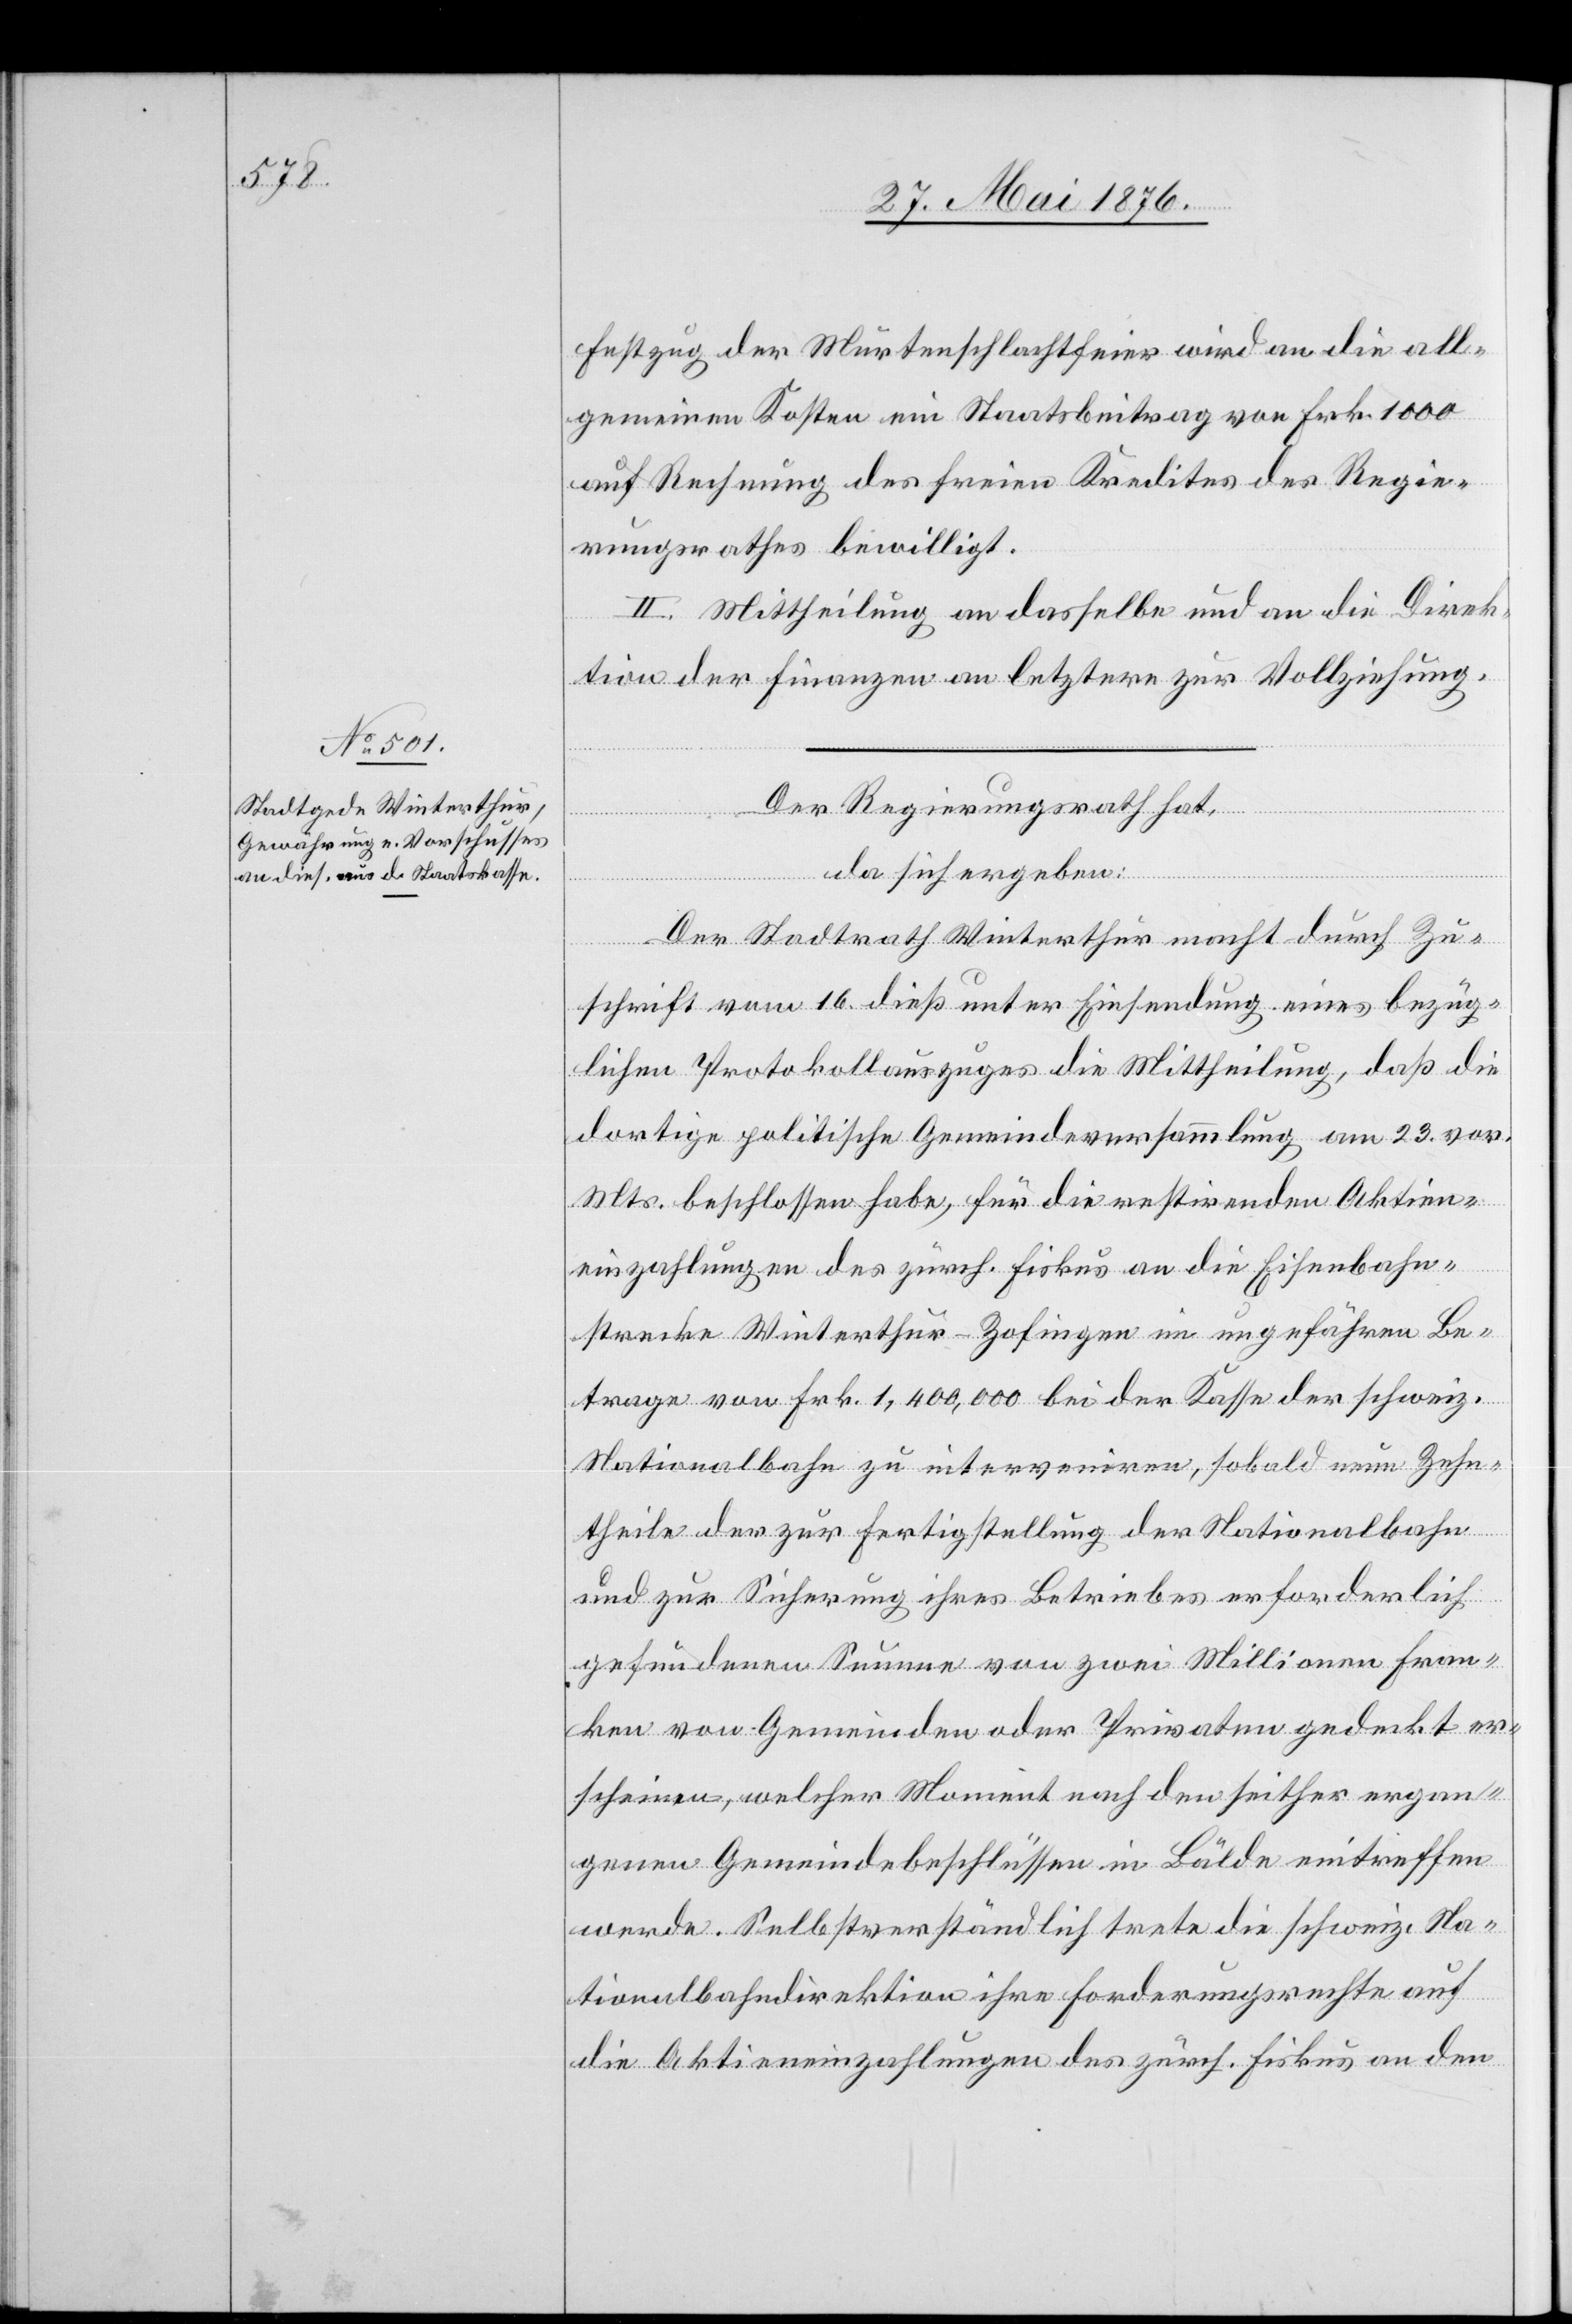
Festzug der Murtenschlachtfeier wird an die all¬
gemeinen Kosten ein Staatsbeitrag von Frk. 1000
auf Rechnung des freien Kredites des Regie¬
rungsrathes bewilligt.
II. Mittheilung an dasselbe und an die Direk¬
tion der Finanzen an letztere zur Vollziehung.
Der Regierungsrath hat,
da sich ergeben:
Der Stadtrath Winterthur macht durch Zu¬
schrift vom 16. dieß unter Einsendung eines bezüg¬
lichen Protokollauszuges die Mittheilung, daß die
dortige politische Gemeindeversammlung am 23. vor.
Mts. beschlossen habe, für die restirenden Aktien¬
einzahlungen des zürch. Fiskus an die Eisenbahn¬
strecke Winterthur–Zofingen im ungefähren Be¬
trage von Frk. 1,400,000 bei der Kasse der schweiz.
Nationalbahn zu interveniren, sobald neue Zehn¬
theile des zur Fertigstellung der Nationalbahn
und zur Sicherung ihres Betriebes erforderlich
gefundenen Summe von zwei Millionen Fran¬
ken von Gemeinden oder Privaten gedeckt er¬
scheinen, welcher Moment nach den seither ergan¬
genen Gemeindebeschlüssen in Bälde eintreffen
werde. Selbstverständlich trete die schweiz. Na¬
tionalbahndirektion ihre Forderungsrechte auf
die Aktieneinzahlungen des zürch. Fiskus an den